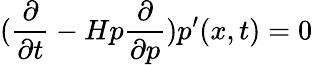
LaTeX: (\frac{\partial}{\partial t}-H{p}\frac{\partial}{\partial p}){p^{\prime}}(x,t)=0